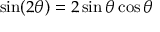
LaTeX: \sin ( 2 \theta ) = 2 \sin \theta \cos \theta